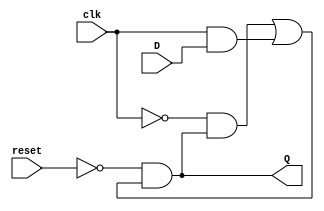
// Copyright (C) 2018  Intel Corporation. All rights reserved.
// Your use of Intel Corporation's design tools, logic functions 
// and other software and tools, and its AMPP partner logic 
// functions, and any output files from any of the foregoing 
// (including device programming or simulation files), and any 
// associated documentation or information are expressly subject 
// to the terms and conditions of the Intel Program License 
// Subscription Agreement, the Intel Quartus Prime License Agreement,
// the Intel FPGA IP License Agreement, or other applicable license
// agreement, including, without limitation, that your use is for
// the sole purpose of programming logic devices manufactured by
// Intel and sold by Intel or its authorized distributors.  Please
// refer to the applicable agreement for further details.

// PROGRAM		"Quartus Prime"
// VERSION		"Version 18.1.0 Build 625 09/12/2018 SJ Lite Edition"
// CREATED		"Thu Nov 05 11:44:34 2020"

module DSwitch(
	reset,
	clk,
	D,
	Q
);


input wire	reset;
input wire	clk;
input wire	D;
output wire	Q;

wire	SYNTHESIZED_WIRE_0;
wire	SYNTHESIZED_WIRE_1;
wire	SYNTHESIZED_WIRE_2;
wire	SYNTHESIZED_WIRE_3;
wire	SYNTHESIZED_WIRE_4;
wire	SYNTHESIZED_WIRE_5;

assign	Q = SYNTHESIZED_WIRE_3;



assign	SYNTHESIZED_WIRE_0 =  ~reset;

assign	SYNTHESIZED_WIRE_2 =  ~clk;

assign	SYNTHESIZED_WIRE_3 = SYNTHESIZED_WIRE_0 & SYNTHESIZED_WIRE_1;

assign	SYNTHESIZED_WIRE_4 = SYNTHESIZED_WIRE_2 & SYNTHESIZED_WIRE_3;

assign	SYNTHESIZED_WIRE_1 = SYNTHESIZED_WIRE_4 | SYNTHESIZED_WIRE_5;

assign	SYNTHESIZED_WIRE_5 = clk & D;


endmodule